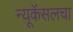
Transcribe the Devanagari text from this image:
न्यूकॅसलचा